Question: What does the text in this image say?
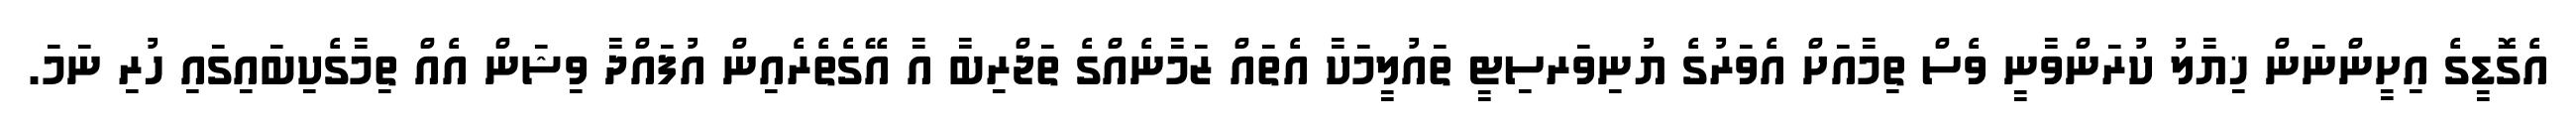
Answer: އެގޮޑީގެ އިށީންނަން ޚިޔާލު ކުރަންވާނީ ވެސް ތިމާއަށް އެވަރުގެ ޔުނިވަރސިޓީ ތައުލީމަކާ އެތައް ޒަމާނެއްގެ ތަޖްރިބާ އާ އޭގެތެރެއިން އުފައްދާ ވިޝަން އެއް ތިމާގެކިބައިގައި ހުރި ނަމަ.